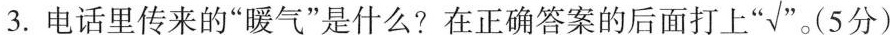
3.电话里传来的“暖气”是什么？在正确答案的后面打上“√”。(5分)